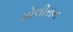
મોલીસન